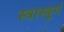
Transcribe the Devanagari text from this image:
स्त्रास्बुर्ग